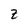
Character: Z